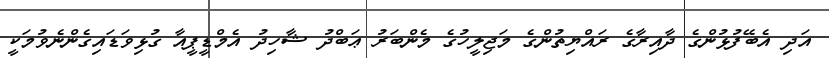
އަދި އެބޭފުޅުންގެ ދާއިރާގެ ރައްޔިތުންގެ މަޖިލީހުގެ މެންބަރު ޢަބްދު ޝާހިދު އެމްޑީޕީއާ ގުޅިވަޑައިގެންނެވުމަކީ